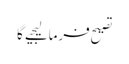
تصیح فرمالیجیے گا